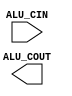
module ALUcontrol(ALU_CIN, ALU_COUT);

input [3:0] ALU_CIN;
output ALU_COUT;

always @(*) begin
    $display("%b %b", ALU_CIN[3], ALU_CIN[2:0]);
    
end

endmodule